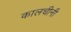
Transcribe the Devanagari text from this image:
कालचीनी